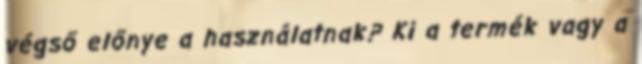
végső előnye a használatnak? Ki a termék vagy a